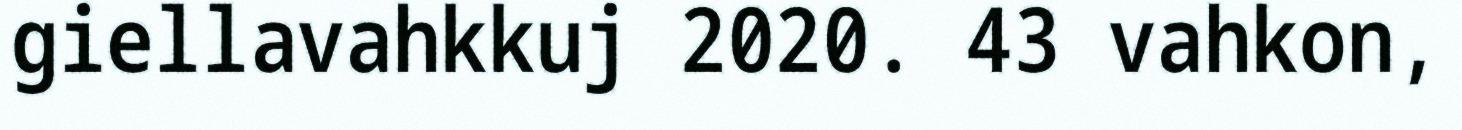
giellavahkkuj 2020. 43 vahkon,